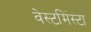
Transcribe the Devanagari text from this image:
वेस्टमिंस्टा